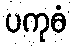
ပကုဓံ